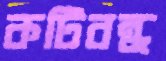
কটিবন্ধ